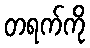
တရက်ကို